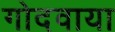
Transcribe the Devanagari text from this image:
गोदवाया